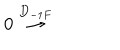
0 \stackrel { D _ { - 1 F } } \to